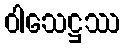
ဝါသေဋ္ဌဿ